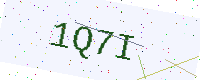
Text: 1Q7I